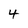
Character: 4